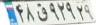
۴۸ق۹۲۹۲۹